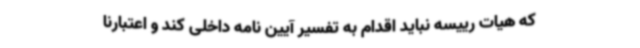
که هیات رییسه نباید اقدام به تفسیر آیین نامه داخلی کند و اعتبارنا